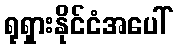
ရုရှားနိုင်ငံအပေါ်